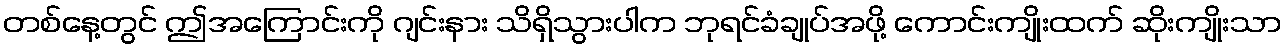
တစ်နေ့တွင် ဤအကြောင်းကို ဂျင်းနား သိရှိသွားပါက ဘုရင်ခံချုပ်အဖို့ ကောင်းကျိုးထက် ဆိုးကျိုးသာ